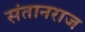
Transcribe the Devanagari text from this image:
संतानराज